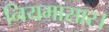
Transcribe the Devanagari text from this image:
नियमासार।